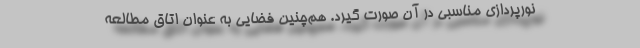
نورپردازی مناسبی در آن صورت گیرد. هم‌چنین فضایی به عنوان اتاق مطالعه